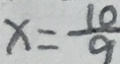
x = \frac { 1 0 } { 9 }